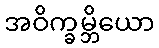
အဝိက္ခမ္ဘိယော